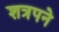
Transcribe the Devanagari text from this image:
शत्रपने